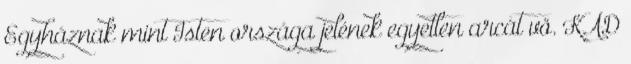
Egyháznak mint Isten országa jelének egyetlen arcát vö. KÁD